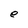
Character: e